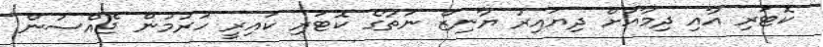
ކޮޓަރި އާއި ދިމާއަށް ދިޔައިރު ޔާނިޒް ނަތާގެ ކޮޓަރި ކައިރީ ހުރުމުން ޖެއްސުން